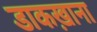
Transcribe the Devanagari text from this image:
डाकख़ाना